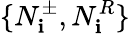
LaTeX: \{ N_{\mathbf{i}}^{\pm},N_{\mathbf{i}}^{R}\}